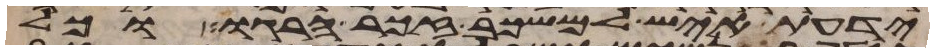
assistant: ידעת איש למשכב זכר הרגו וכל